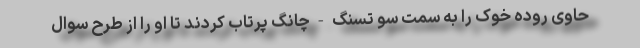
حاوی روده خوک را به سمت سو تسنگ-چانگ پرتاب کردند تا او را از طرح سوال